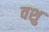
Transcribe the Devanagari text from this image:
वशु